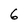
Character: 6